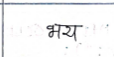
मजकूर: भय